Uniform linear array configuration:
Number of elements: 8
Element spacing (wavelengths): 1
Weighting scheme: cosine
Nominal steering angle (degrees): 0
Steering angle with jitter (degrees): -1.199
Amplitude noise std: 0.05
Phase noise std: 0.05

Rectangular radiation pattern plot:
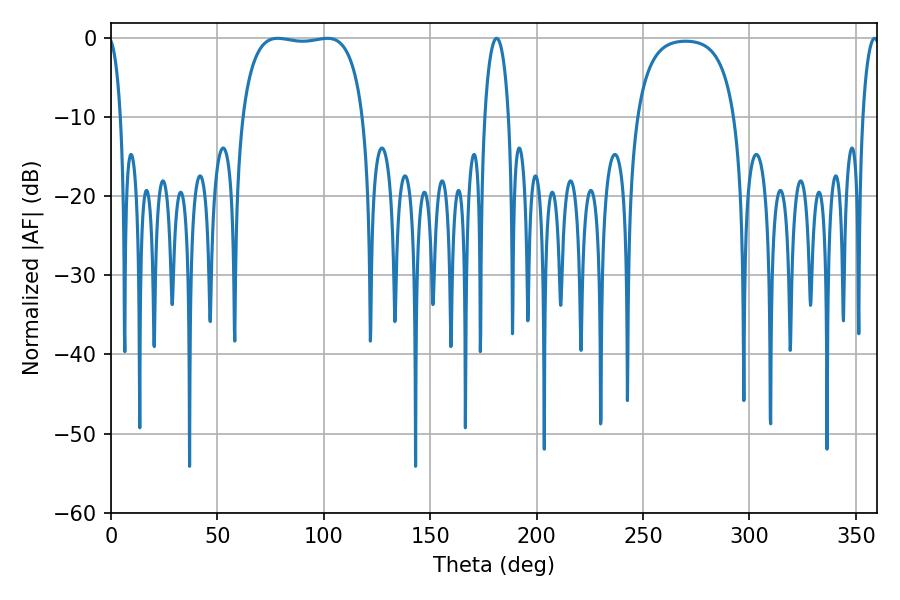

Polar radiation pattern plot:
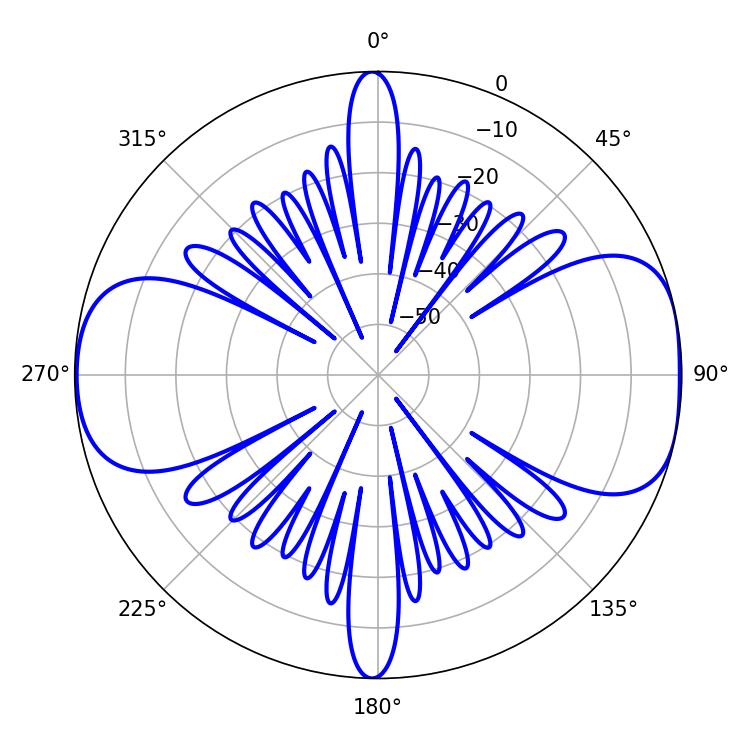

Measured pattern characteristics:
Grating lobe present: TRUE
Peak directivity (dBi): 9.088
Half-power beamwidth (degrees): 45.36
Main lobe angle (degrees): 78.3